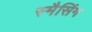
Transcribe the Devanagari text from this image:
स्मैसिंग